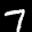
Label: 7